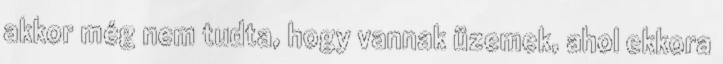
akkor még nem tudta, hogy vannak üzemek, ahol ekkora